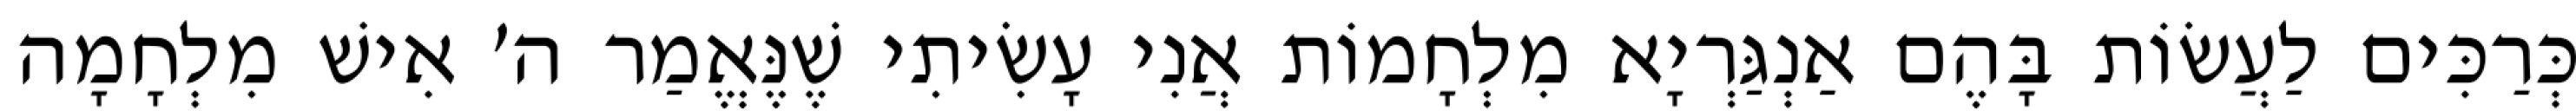
כְּרַכִּים לַעֲשׂוֹת בָּהֶם אַנְגַּרְיָא מִלְחָמוֹת אֲנִי עָשִׂיתִי שֶׁנֶּאֱמַר ה׳ אִישׁ מִלְחָמָה